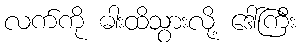
လက်ကို ဓါးထိသွားလို့ ဒေါ်ကြီး